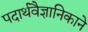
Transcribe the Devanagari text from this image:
पदार्थवैज्ञानिकाने